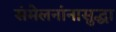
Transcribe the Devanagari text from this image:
संमेलनांनासुद्धा